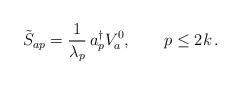
\begin{align*}\tilde S_{ap} = {1 \over \lambda_p}\, a^\dagger_p V^0_a , \qquad p \le 2k \, .\end{align*}